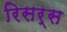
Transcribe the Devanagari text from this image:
रिसर्स